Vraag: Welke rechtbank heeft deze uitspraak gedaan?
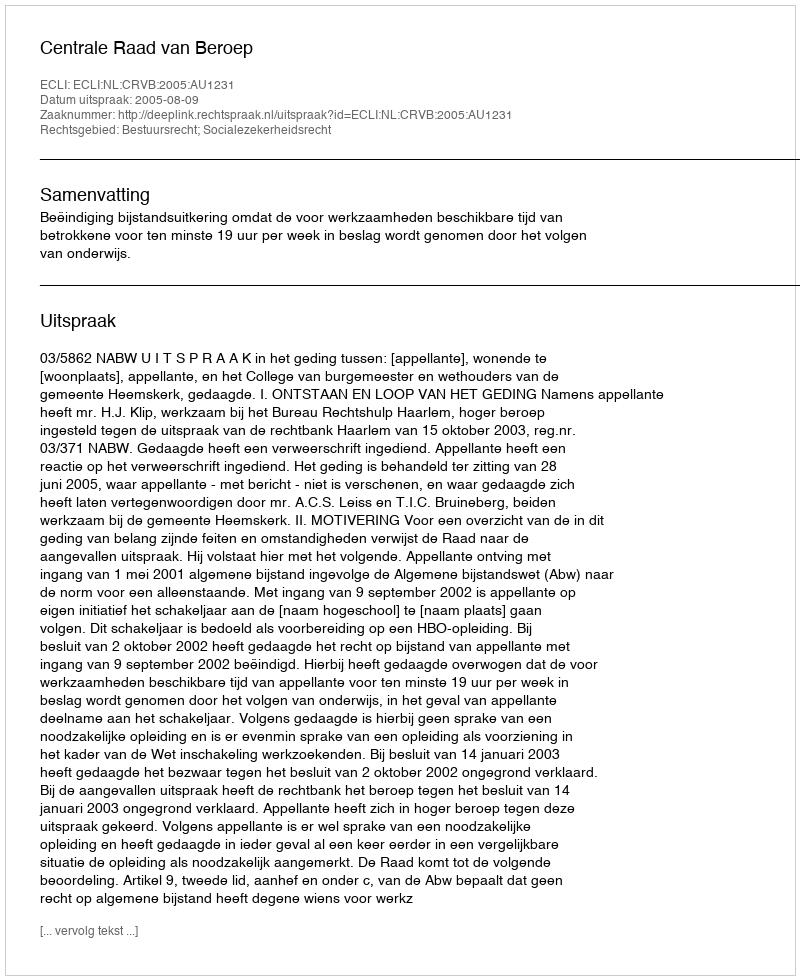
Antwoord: Centrale Raad van Beroep